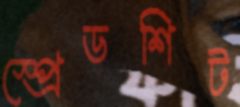
স্প্রেডশিট